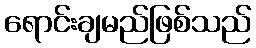
ရောင်းချမည်ဖြစ်သည်